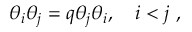
\theta _ { i } \theta _ { j } = q \theta _ { j } \theta _ { i } , ~ ~ ~ i < j ~ ,